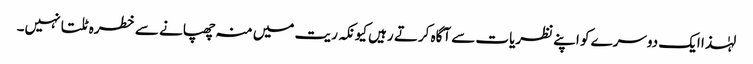
لہٰذا ایک دوسرے کو اپنے نظریات سے آگاہ کرتے رہیں کیونکہ ریت میں منہ چھپانے سے خطرہ ٹلتا نہیں۔